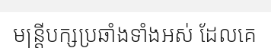
មន្ត្រីបក្សប្រឆាំងទាំងអស់ ដែលគេ